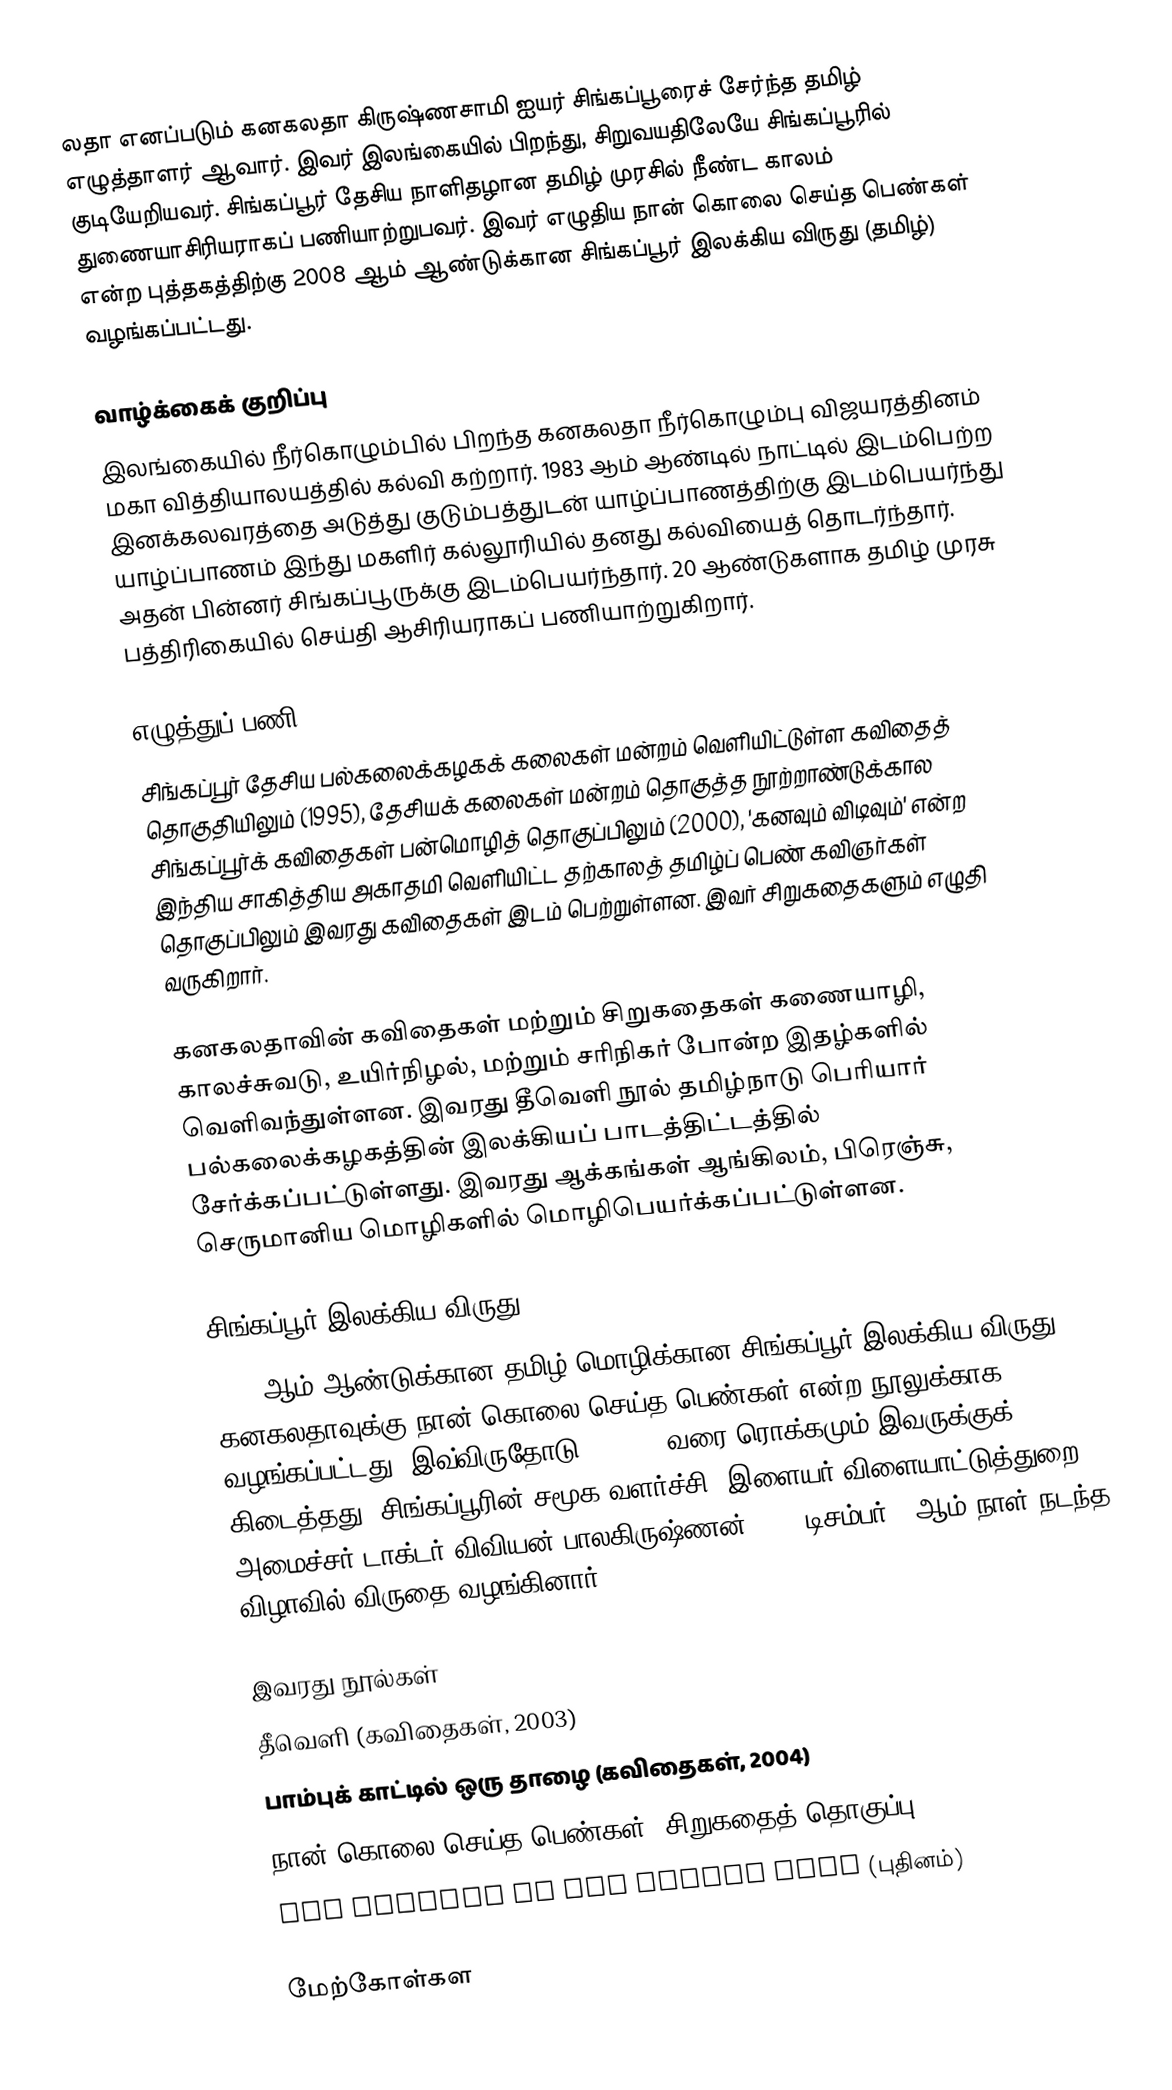
லதா எனப்படும் கனகலதா கிருஷ்ணசாமி ஐயர் சிங்கப்பூரைச் சேர்ந்த தமிழ் எழுத்தாளர் ஆவார். இவர் இலங்கையில் பிறந்து, சிறுவயதிலேயே சிங்கப்பூரில் குடியேறியவர். சிங்கப்பூர் தேசிய நாளிதழான தமிழ் முரசில் நீண்ட காலம் துணையாசிரியராகப் பணியாற்றுபவர். இவர் எழுதிய நான் கொலை செய்த பெண்கள் என்ற புத்தகத்திற்கு 2008 ஆம் ஆண்டுக்கான சிங்கப்பூர் இலக்கிய விருது (தமிழ்) வழங்கப்பட்டது.

வாழ்க்கைக் குறிப்பு
இலங்கையில் நீர்கொழும்பில் பிறந்த கனகலதா நீர்கொழும்பு விஜயரத்தினம் மகா வித்தியாலயத்தில் கல்வி கற்றார். 1983 ஆம் ஆண்டில் நாட்டில் இடம்பெற்ற இனக்கலவரத்தை அடுத்து குடும்பத்துடன் யாழ்ப்பாணத்திற்கு இடம்பெயர்ந்து யாழ்ப்பாணம் இந்து மகளிர் கல்லூரியில் தனது கல்வியைத் தொடர்ந்தார். அதன் பின்னர் சிங்கப்பூருக்கு இடம்பெயர்ந்தார். 20 ஆண்டுகளாக தமிழ் முரசு பத்திரிகையில் செய்தி ஆசிரியராகப் பணியாற்றுகிறார்.

எழுத்துப் பணி
சிங்கப்பூர் தேசிய பல்கலைக்கழகக் கலைகள் மன்றம் வெளியிட்டுள்ள கவிதைத் தொகுதியிலும் (1995), தேசியக் கலைகள் மன்றம் தொகுத்த நூற்றாண்டுக்கால சிங்கப்பூர்க் கவிதைகள் பன்மொழித் தொகுப்பிலும் (2000), 'கனவும் விடிவும்' என்ற இந்திய சாகித்திய அகாதமி வெளியிட்ட தற்காலத் தமிழ்ப் பெண் கவிஞர்கள் தொகுப்பிலும் இவரது கவிதைகள் இடம் பெற்றுள்ளன. இவர் சிறுகதைகளும் எழுதி வருகிறார்.

கனகலதாவின் கவிதைகள் மற்றும் சிறுகதைகள் கணையாழி, காலச்சுவடு, உயிர்நிழல், மற்றும் சரிநிகர் போன்ற இதழ்களில் வெளிவந்துள்ளன. இவரது தீவெளி நூல் தமிழ்நாடு பெரியார் பல்கலைக்கழகத்தின் இலக்கியப் பாடத்திட்டத்தில் சேர்க்கப்பட்டுள்ளது. இவரது ஆக்கங்கள் ஆங்கிலம், பிரெஞ்சு, செருமானிய மொழிகளில் மொழிபெயர்க்கப்பட்டுள்ளன.

சிங்கப்பூர் இலக்கிய விருது
2008 ஆம் ஆண்டுக்கான தமிழ் மொழிக்கான சிங்கப்பூர் இலக்கிய விருது கனகலதாவுக்கு நான் கொலை செய்த பெண்கள் என்ற நூலுக்காக வழங்கப்பட்டது. இவ்விருதோடு $10,000 வரை ரொக்கமும் இவருக்குக் கிடைத்தது. சிங்கப்பூரின் சமூக வளர்ச்சி, இளையர் விளையாட்டுத்துறை அமைச்சர் டாக்டர் விவியன் பாலகிருஷ்ணன் 2008 டிசம்பர் 3 ஆம் நாள் நடந்த விழாவில் விருதை வழங்கினார்.

இவரது நூல்கள்
 தீவெளி (கவிதைகள், 2003)
 பாம்புக் காட்டில் ஒரு தாழை (கவிதைகள், 2004)
 நான் கொலை செய்த பெண்கள் (சிறுகதைத் தொகுப்பு)
 The Goddess in the Living Room (புதினம்)

மேற்கோள்கள